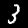
Label: 3